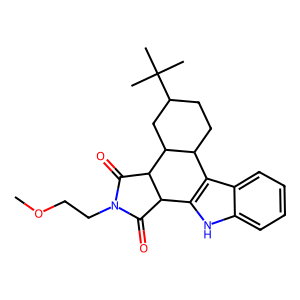
SMILES: COCCN1C(=O)C2c3[nH]c4ccccc4c3C3CCC(C(C)(C)C)CC3C2C1=O
Inhibits HIV replication: No